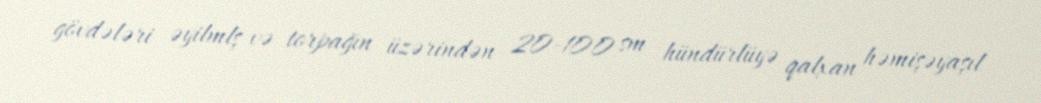
gövdələri əyilmlş və torpağın üzərindən 20-100 sm hündürlüyə qalxan həmişəyaşıl